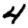
Digit: 4